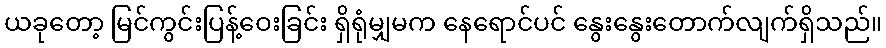
ယခုတော့ မြင်ကွင်းပြန့်ဝေးခြင်း ရှိရုံမျှမက နေရောင်ပင် နွေးနွေးတောက်လျက်ရှိသည်။